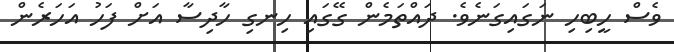
ވެސް ހީބިހި ނަގައިގަނެވެ. ދައްތަމެން ގޭގައި ހިނގި ހާދިސާ އަށް ފަހު އަހަރެން